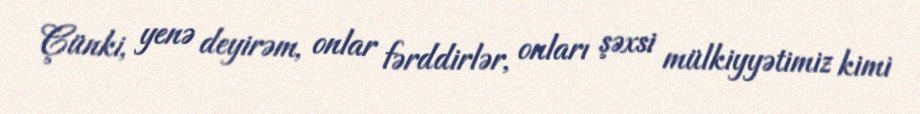
Çünki, yenə deyirəm, onlar fərddirlər, onları şəxsi mülkiyyətimiz kimi